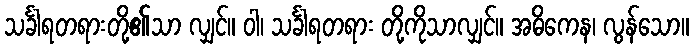
သင်္ခါရတရားတို့၏သာ လျှင်။ ဝါ၊ သင်္ခါရတရား တို့ကိုသာလျှင်။ အဓိကေန၊ လွန်သော။